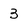
Character: 3